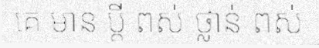
គេ មាន ប្តី ពស់ ថ្លាន់ ពស់